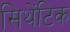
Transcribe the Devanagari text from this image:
सिथेंटिक